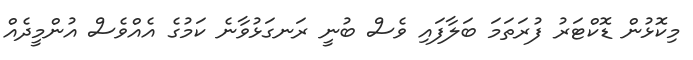
މިކޮޅުން ޑޮކްޓަރު ފުރަތަމަ ބަލާފައި ވެސް ބުނީ ރަނގަޅުވާނެ ކަމުގެ އެއްވެސް އުންމީދެއް